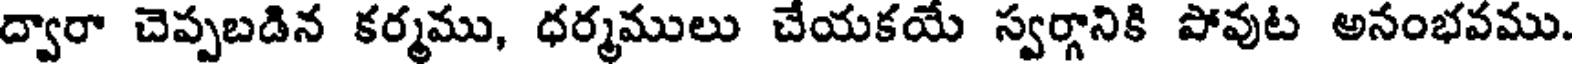
ద్వారా చెప్పబడిన కర్మము, ధర్మములు చేయకయే స్వర్గానికి పోవుట అనంభవము.